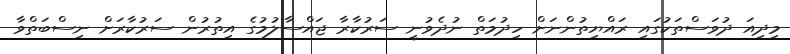
މިދިއަ ދުވަސްތަކުގައި ރައްޔިތުންނަށް ހިދުމަތް ނުދެވުނީ ސަރުކާރާ ޖައްސާލުމުގެ އިތުރުން ސަރުކާރަށް ނިސްބަތްވާ